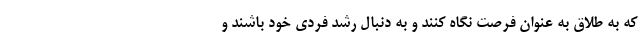
که به طلاق به عنوان فرصت نگاه کنند و به دنبال رشد فردی خود باشند و